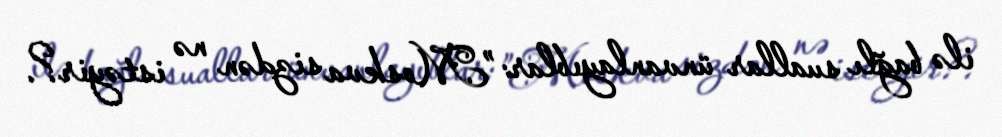
ilə bağlı suallar ünvanlayıblar: ”Moskva sizdən nə istəyir?.